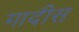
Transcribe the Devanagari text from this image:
गादीस